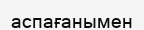
аспағанымен